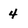
Character: 4